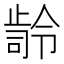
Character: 𭭭